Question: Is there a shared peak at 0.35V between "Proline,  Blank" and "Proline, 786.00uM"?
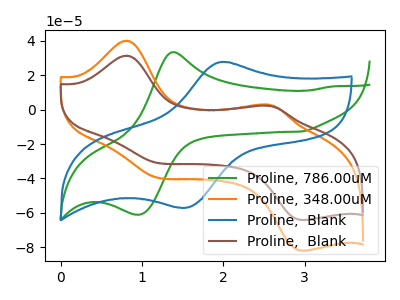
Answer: <think>The green curve "Proline, 786.00uM" has an anodic peak at (1.40V, 33.45uA) and a cathodic peak at (0.95V, -61.00uA). The orange curve "Proline, 348.00uM" has anodic peaks at (0.80V, 40.10uA) (2.55V, 2.95uA) and cathodic peaks at (1.15V, -38.70uA) (3.00V, -81.85uA). The blue curve "Proline,  Blank" has an anodic peak at (2.00V, 27.70uA) and a cathodic peak at (1.45V, -57.00uA). The brown curve "Proline,  Blank" has anodic peaks at (0.80V, 31.35uA) (2.55V, 2.30uA) and cathodic peaks at (1.15V, -30.25uA) (3.00V, -64.05uA).</think>
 <answer>No, "Proline,  Blank" and "Proline, 786.00uM" dont share a peak at 0.35V.</answer>
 <eval>mismatch</eval>